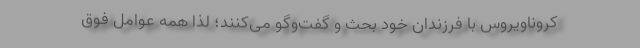
کروناویروس با فرزندان خود بحث و گفت‌وگو می‌کنند؛ لذا همه عوامل فوق